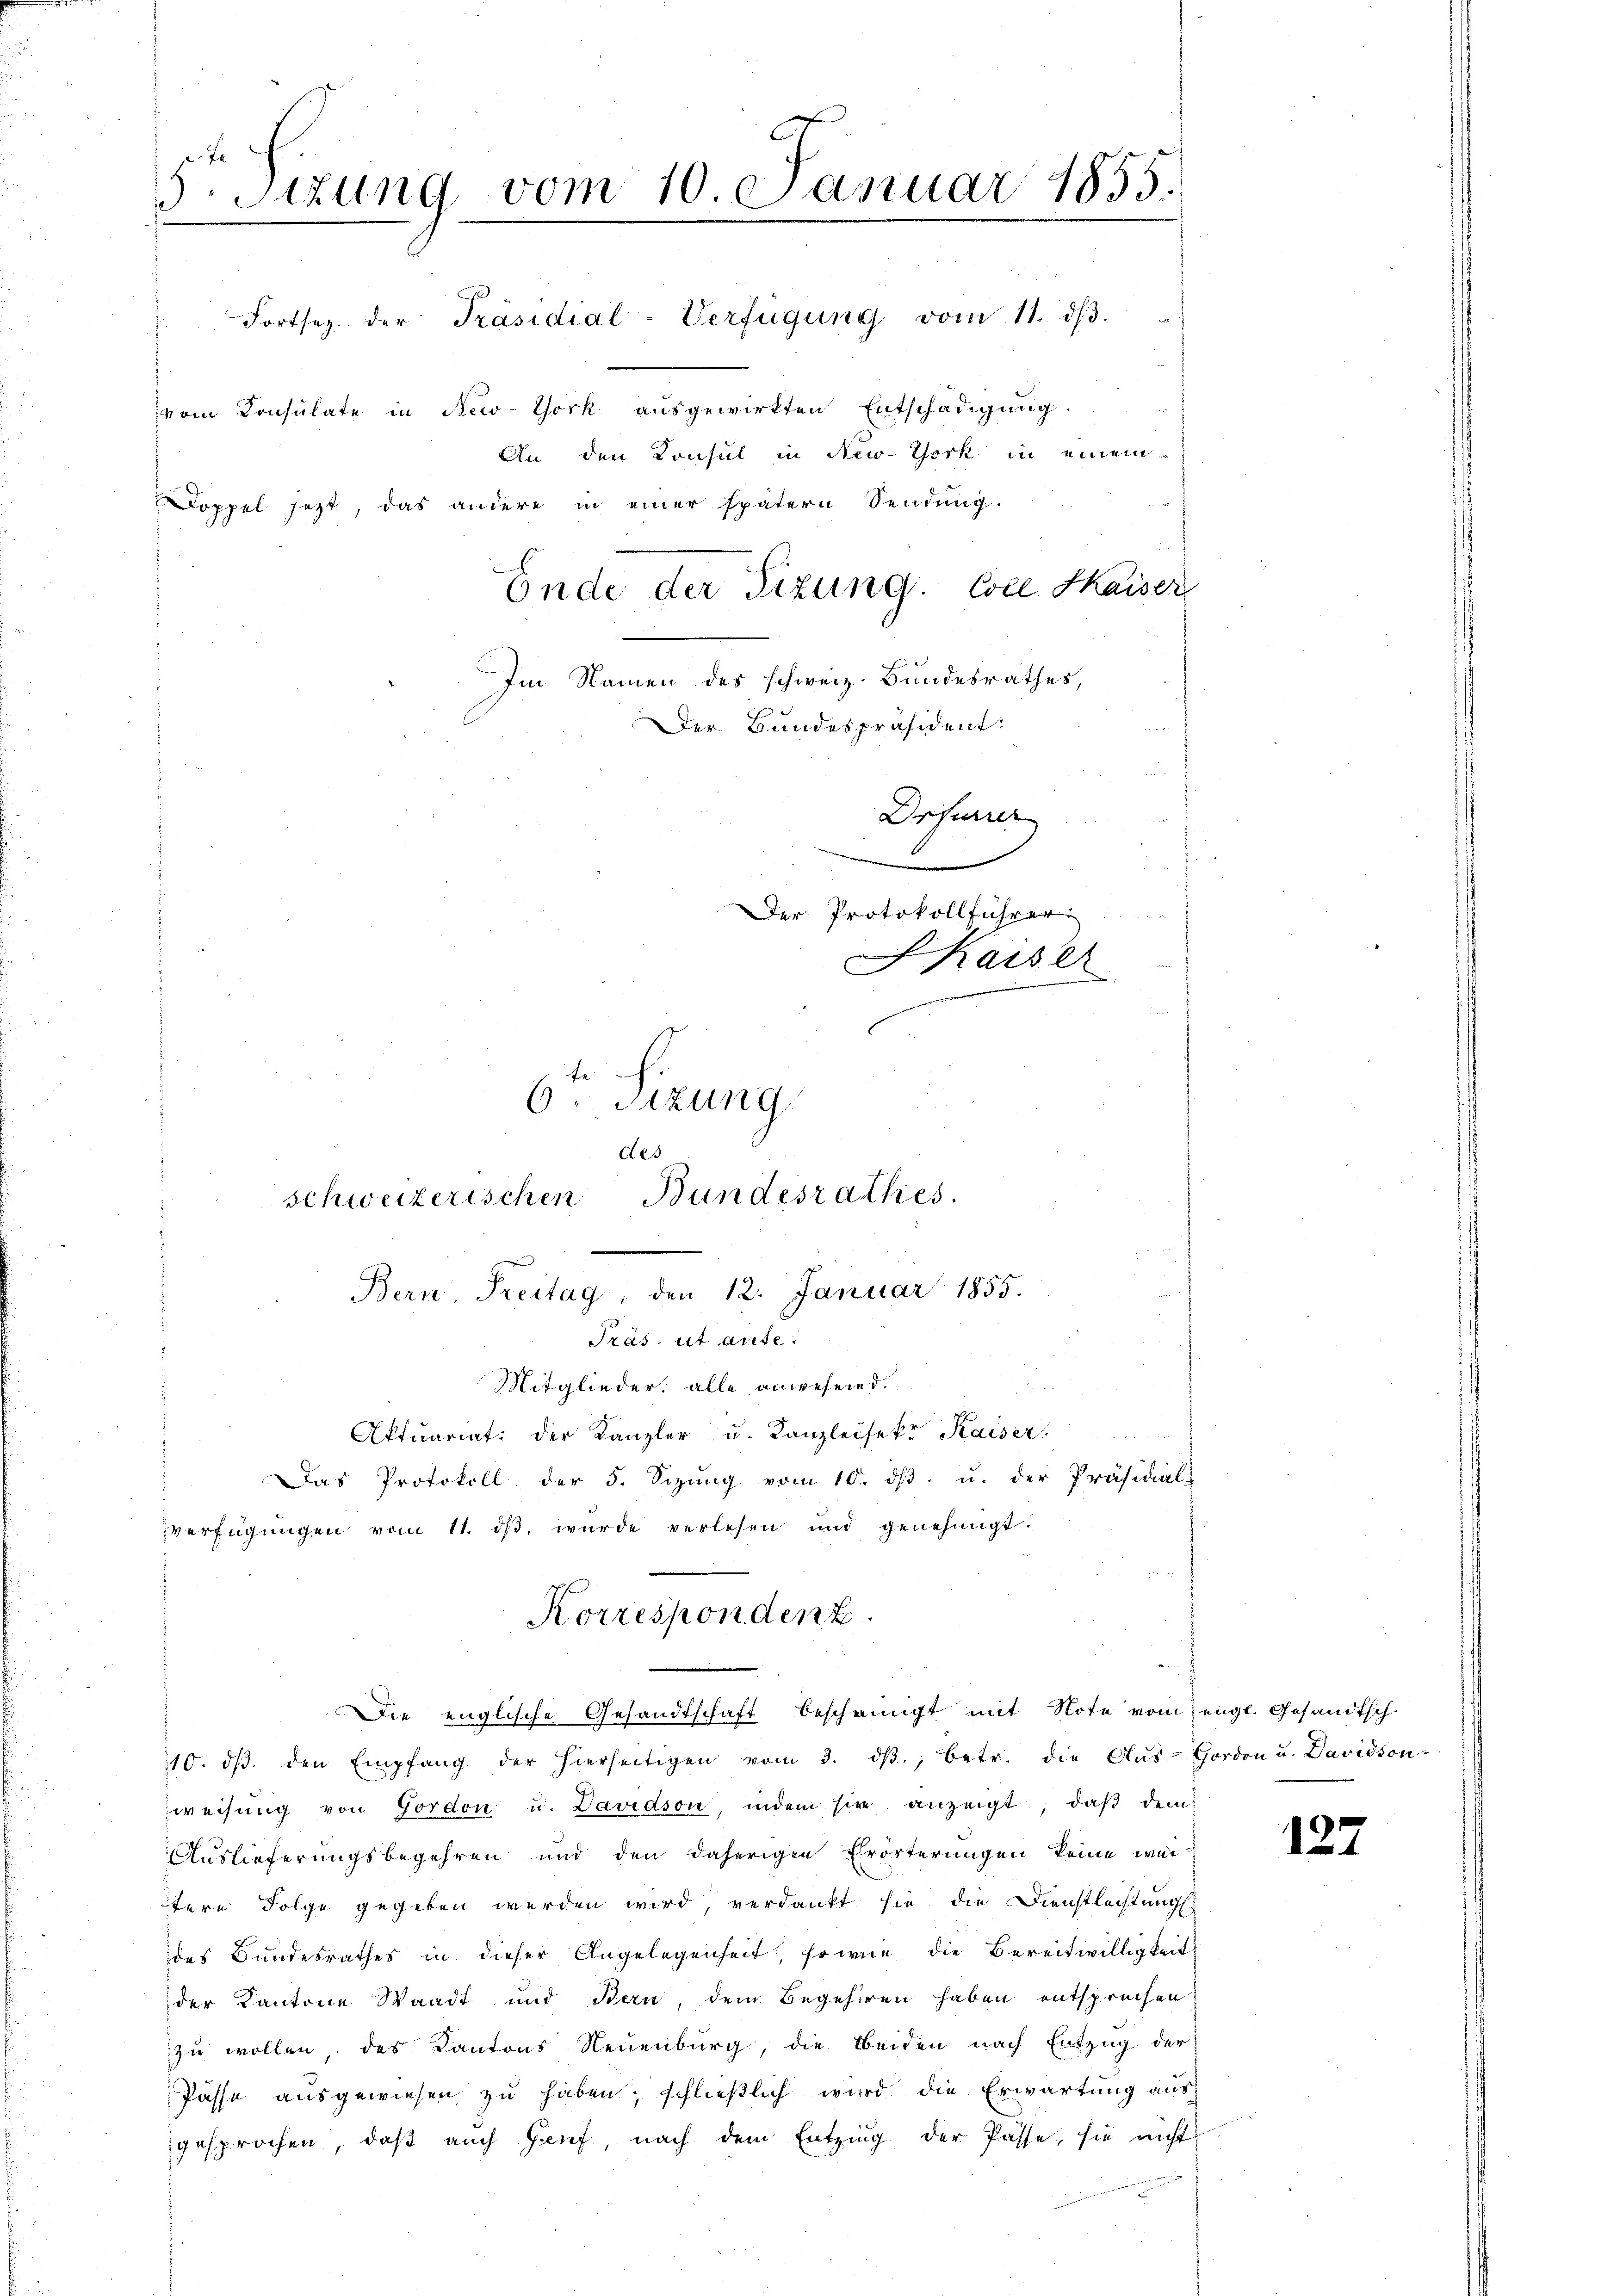
5. Sizung vom 10. Januar 1855.
vom Consulate in New-York ausgewirkten Entschädigung.
An den Konsul in New-York in einem
Doppel jetzt, das andere in einer spätern Sendung.
Ende der Sizung. Coll Kaiser
Im Namen des schweiz. Bundesrathes,
Der Bundespräsident:
Drfurrer

Der Protokollführer
SKaiser
6. Sizung
des
schweizerischen Bundesrathes.

verfügungen vom 11. dβ wurde verlesen und genehmigt.

Fortsez. der Präsidial-Verfügŭng vom 11. dβ.

Bern, Freitag, den 12. Januar 1855.
Präs. et aute.
Mitglieder alle anwesen d.

Aktuariat der Kanzler u. Kanzleisekr Kaiser.
Das Protokoll der 5. Sizŭng vom 10. dβ. u. der Präsidial

Korrespondent
Die englische Gesandtschaft bescheinigt mit Note vom Zengl. Gesandtsch.

10. dβ. den Empfang der hierseitigen vom 3. dβ., betr. die Aŭs-Cordon u. Davidson
weisung von Gordon u. Davidson, indem sie anzeigt, daß dem
Auslieferungsbegehren und den daherigen Erörterungen keine wei-
fere Folge gegeben werden wird, verdankt sie die Dienstleistungs
des Bundesrathes in dieser Angelegenheit, so wie die Bereitwilligkeit
der Kantone Waadt und Bern, dem Begehren haben entsprechen,
zu wollen, des Kantons Neuenburg, die Beiden nach Entzug der
Pässe ausgewiesen zu haben; schließlich wird die Erwartung aus-
gesprochen, daß auch Hanf, nach dem Entzung der Pässe, sie nicht

127